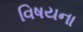
વિષયના